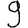
Digit: 9